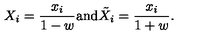
X _ { i } = \frac { x _ { i } } { 1 - w } \mathrm { a n d } { \tilde { X } } _ { i } = \frac { x _ { i } } { 1 + w } .